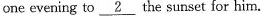
one evening to \underline{2} the sunset for him.